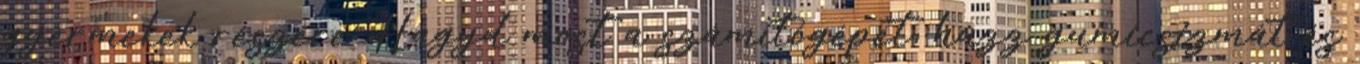
gyermekek részére. Hagyd most a számítógépet, húzz gumicsizmát és